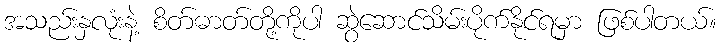
အသည်းနှလုံးနဲ့ စိတ်ဓာတ်တို့ကိုပါ ဆွဲဆောင်သိမ်းပိုက်နိုင်ရမှာ ဖြစ်ပါတယ်။